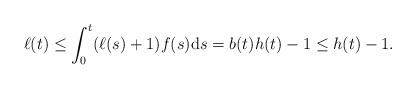
LaTeX: \begin{gather*}\ell(t) \leq\int_{0}^{t} ( \ell(s) +1 ) f(s) \mathrm{d}s=b(t) h(t) -1\leq h(t) -1.\end{gather*}